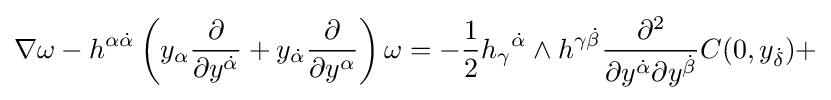
\nabla \omega -h^{\alpha {\dot {\alpha }}}\left(y_{\alpha }{\frac {\partial }{\partial y^{\dot {\alpha }}}}+y_{\dot {\alpha }}{\frac {\partial }{\partial y^{\alpha }}}\right)\omega =-{\frac {1}{2}}h_{\gamma }{}^{\dot {\alpha }}\wedge h^{\gamma {\dot {\beta }}}{\frac {\partial ^{2}}{\partial y^{\dot {\alpha }}\partial y^{\dot {\beta }}}}C(0,y_{\dot {\delta }})+